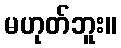
မဟုတ်ဘူး။